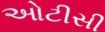
ઓટીસી